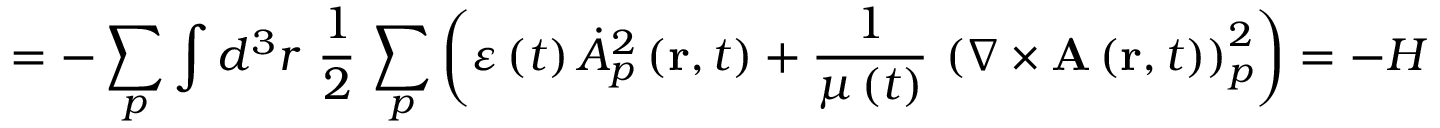
= - \sum _ { p } \int d ^ { 3 } r \, \, \frac { 1 } { 2 } \, \sum _ { p } \left( \varepsilon \left( t \right) \dot { A } _ { p } ^ { 2 } \left( \mathbf { r } , t \right) + \frac { 1 } { \mu \left( t \right) } \, \left( \nabla \times \mathbf { A } \left( \mathbf { r } , t \right) \right) _ { p } ^ { 2 } \right) = - H